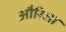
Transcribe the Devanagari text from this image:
औरिजा